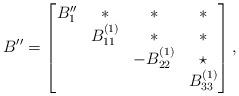
LaTeX: \begin{align*}B''= \begin{bmatrix}B''_1 & * &* & * \\ & B^{(1)}_{11} & * & * \\& & -B^{(1)}_{22} & \star \\ & & & B^{(1)}_{33}\end{bmatrix},\end{align*}